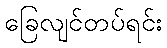
ခြေလျင်တပ်ရင်း